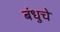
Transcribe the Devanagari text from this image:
बंधुचे